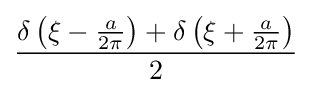
{\frac {\delta \left(\xi -{\frac {a}{2\pi }}\right)+\delta \left(\xi +{\frac {a}{2\pi }}\right)}{2}}